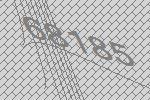
68185